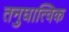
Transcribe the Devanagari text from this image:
तनुघात्विक